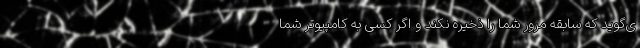
ی‌گوید که سابقه مرور شما را ذخیره نکند و اگر کسی به کامپیوتر شما